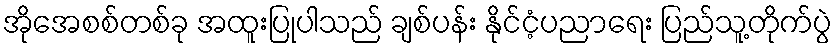
အိုအေစစ်တစ်ခု အထူးပြုပါသည် ချစ်ပန်း နိုင်ငံ့ပညာရေး ပြည်သူ့တိုက်ပွဲ